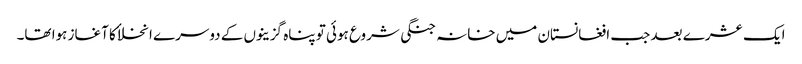
ایک عشرے بعد جب افغانستان میں خانہ جنگی شروع ہوئی تو پناہ گزینوں کے دوسرے انخلاٴ کا آغاز ہوا تھا۔